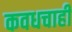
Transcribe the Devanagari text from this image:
कवधचाही